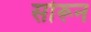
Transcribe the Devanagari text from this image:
सोरून